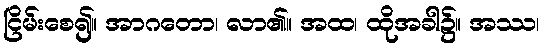
ငြိမ်းစေ၍။ အာဂတော၊ လာ၏။ အထ၊ ထိုအခါ၌။ အဿ၊